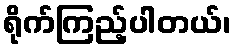
ရိုက်ကြည့်ပါတယ်၊